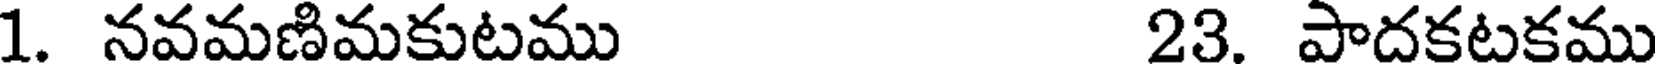
1. నవమణిమకుటము 23. పాదకటకము